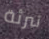
تبرئة